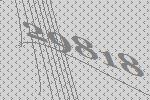
29818